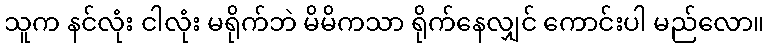
သူက နင်လုံး ငါလုံး မရိုက်ဘဲ မိမိကသာ ရိုက်နေလျှင် ကောင်းပါ မည်လော။